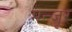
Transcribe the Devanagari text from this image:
मन्जूर